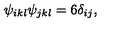
\psi _ { i k l } \psi _ { j k l } = 6 \delta _ { i j } ,